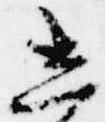
し